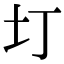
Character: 圢